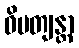
ဝိပတျန္တာ